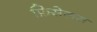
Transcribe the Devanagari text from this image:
फ़िसेलस